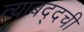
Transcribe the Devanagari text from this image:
त्याबद्दची